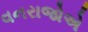
વનરાજોએ